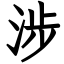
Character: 涉